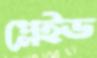
প্লেইড